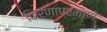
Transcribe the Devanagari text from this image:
किरणाप्रमाणे